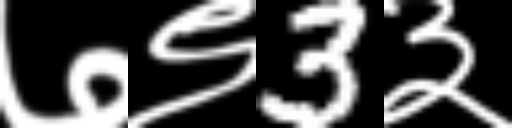
Text: ७९3३